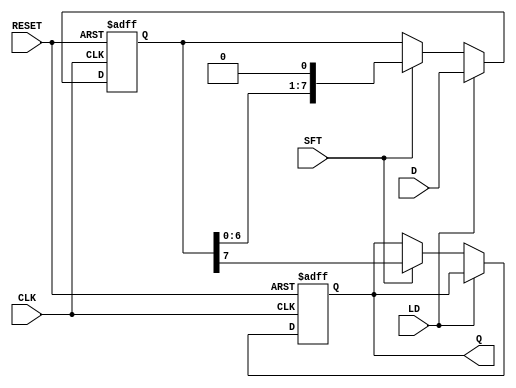
module piso_register #(
    parameter WIDTH = 8 // Parameter for the width of the input data
)(
    input wire [WIDTH-1:0] D,      // Parallel input data
    input wire LD,                  // Load signal
    input wire SFT,                 // Shift signal
    input wire CLK,                 // Clock signal
    input wire RESET,               // Asynchronous reset
    output reg Q                   // Serial output
);

    // Internal register to hold the data
    reg [WIDTH-1:0] shift_reg;

    // Asynchronous reset and data loading
    always @(posedge CLK or posedge RESET) begin
        if (RESET) begin
            shift_reg <= 0;          // Clear the register
            Q <= 0;                  // Clear the output
        end else begin
            if (LD) begin
                shift_reg <= D;      // Load data into shift register
            end else if (SFT) begin
                Q <= shift_reg[WIDTH-1]; // Output the MSB
                shift_reg <= {shift_reg[WIDTH-2:0], 1'b0}; // Shift left
            end
        end
    end

endmodule